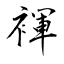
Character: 褌